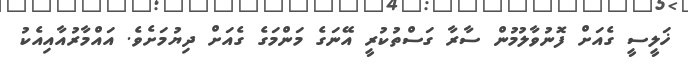
ޚަލީސީ ގެއަށް ފޮނުވާލުމުން ސާރާ ގަސްތުކުރީ އޭނަގެ މަންމަގެ ގެއަށް ދިޔުމަށެވެ. އައްމާރުއާއިއެކު